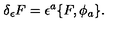
\delta _ { \epsilon } F = \epsilon ^ { a } \{ F , \phi _ { a } \} .